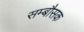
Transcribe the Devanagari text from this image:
सम्बौसक